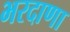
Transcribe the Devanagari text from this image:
भरदाणा